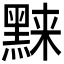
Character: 𬹗